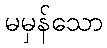
မမှန်သော